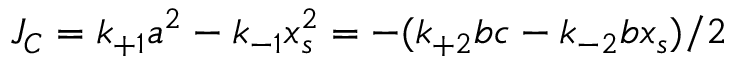
{ \cal J _ { C } } = k _ { + 1 } a ^ { 2 } - k _ { - 1 } x _ { s } ^ { 2 } = - ( k _ { + 2 } b c - k _ { - 2 } b x _ { s } ) / 2